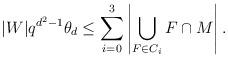
LaTeX: \begin{align*}|W|q^{d^2-1}\theta_d\le \sum_{i=0}^3\left|\bigcup_{F\in C_i}F\cap M\right|.\end{align*}